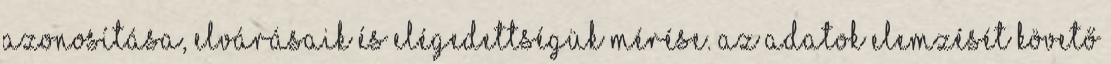
azonosítása, elvárásaik és elégedettségük mérése. Az adatok elemzését követő